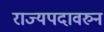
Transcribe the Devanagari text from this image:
राज्यपदावरुन